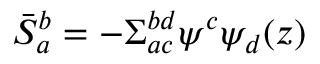
\bar { S } _ { a } ^ { b } = - \Sigma _ { a c } ^ { b d } \psi ^ { c } \psi _ { d } ( z )